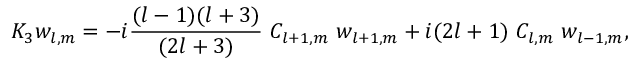
K _ { 3 } w _ { l , m } = - i { \frac { ( l - 1 ) ( l + 3 ) } { ( 2 l + 3 ) } } \ C _ { l + 1 , m } \ w _ { l + 1 , m } + i ( 2 l + 1 ) \ C _ { l , m } \ w _ { l - 1 , m } ,